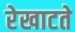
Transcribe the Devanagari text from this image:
रेखाटते